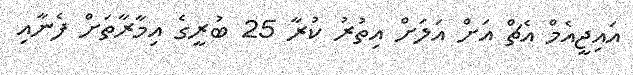
އައިޖީއެމް އެޗް އަށް އަލަށް އިތުރު ކުރާ 25 ބުރީގެ އިމާރާތަށް ފެނާއި